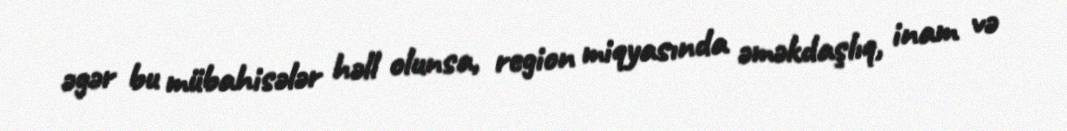
əgər bu mübahisələr həll olunsa, region miqyasında əməkdaşlıq, inam və